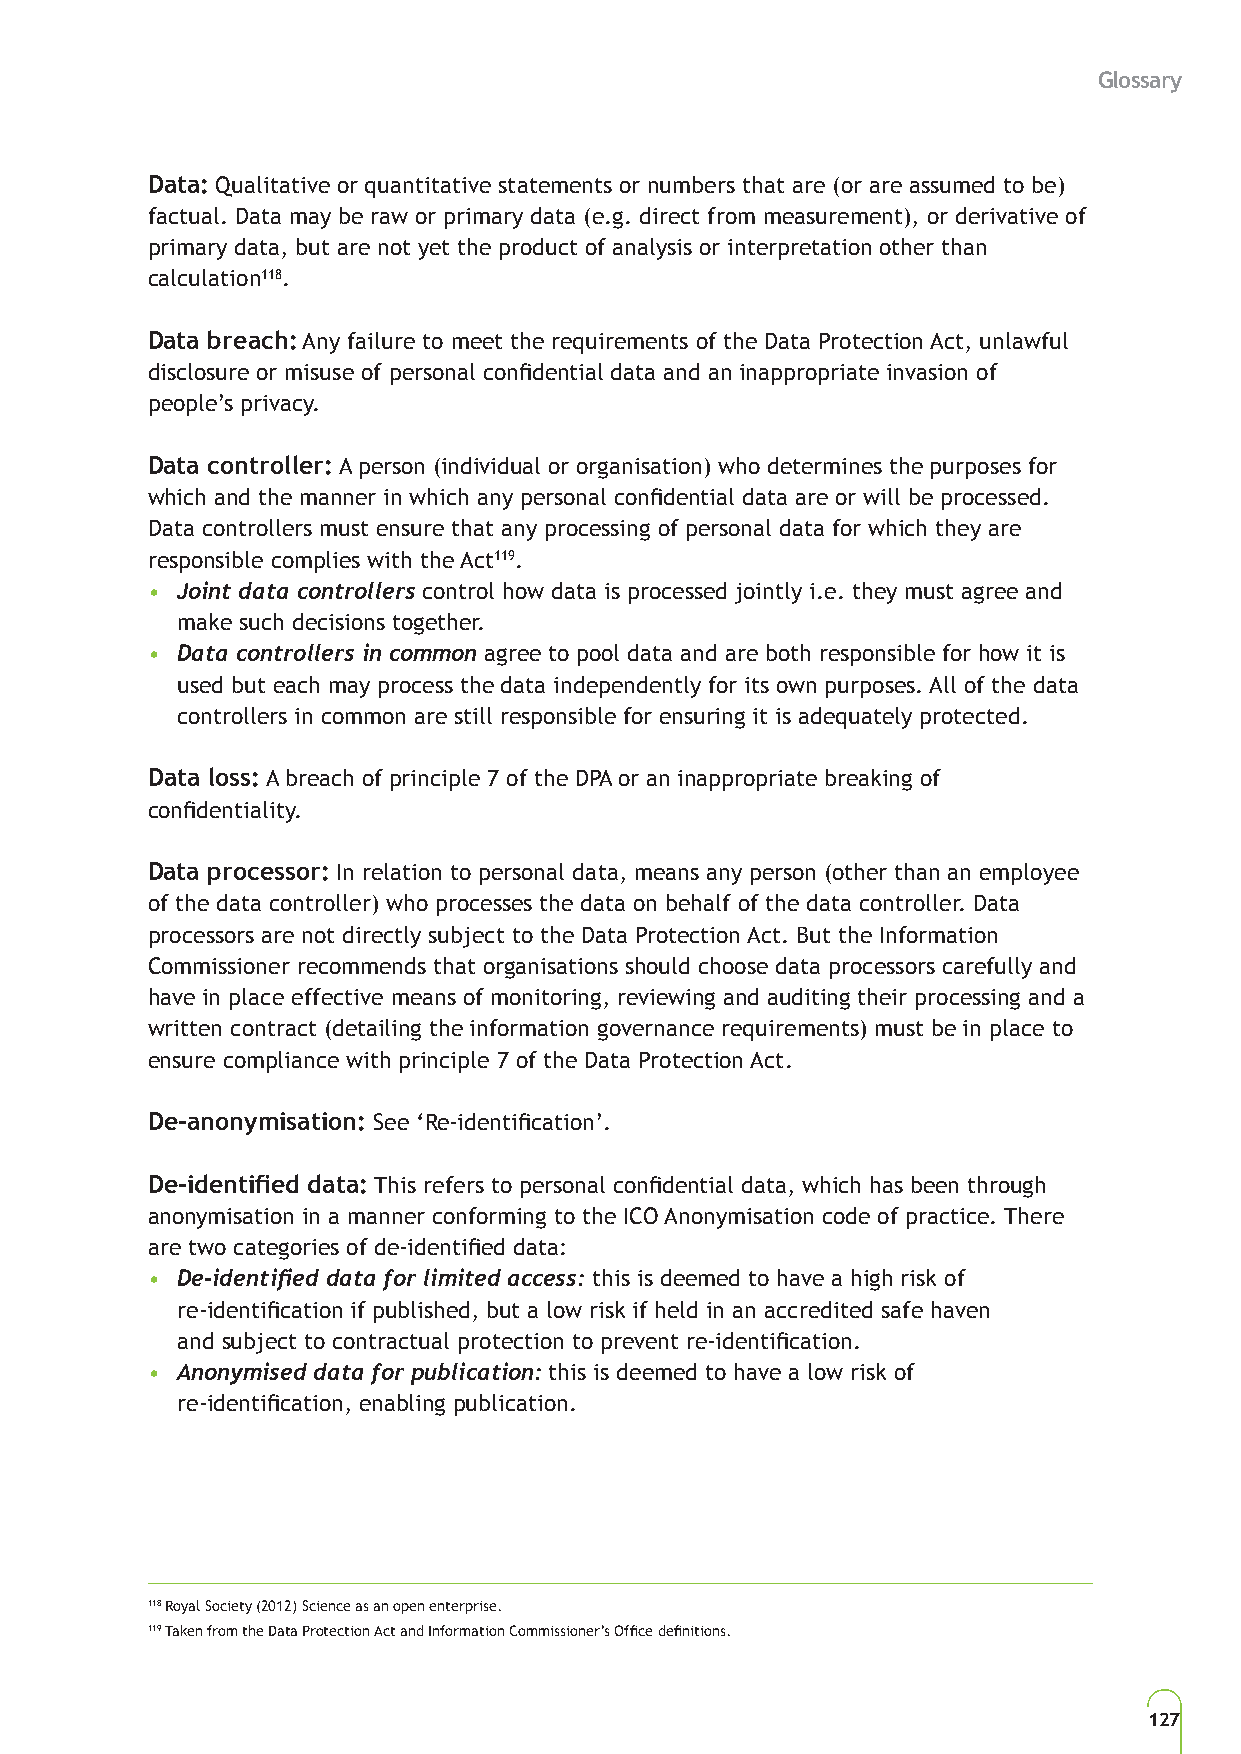
Glossary
 Data: Qualitative or quantitative statements or numbers that are (or are assumed to be)
 factual. Data may be raw or primary data (e.g. direct from measurement), or derivative of
 primary data, but are not yet the product of analysis or interpretation other than
 calculation118.
 Data breach: Any failure to meet the requirements of the Data Protection Act, unlawful
 disclosure or misuse of personal confidential data and an inappropriate invasion of
 people’s privacy.
 Data controller: A person (individual or organisation) who determines the purposes for
 which and the manner in which any personal confidential data are or will be processed.
 Data controllers must ensure that any processing of personal data for which they are
 responsible complies with the Act119.
 • Joint data controllers control how data is processed jointly i.e. they must agree and
 make such decisions together.
 • Data controllers in common agree to pool data and are both responsible for how it is
 used but each may process the data independently for its own purposes. All of the data
 controllers in common are still responsible for ensuring it is adequately protected.
 Data loss: A breach of principle 7 of the DPA or an inappropriate breaking of
 confidentiality.
 Data processor: In relation to personal data, means any person (other than an employee
 of the data controller) who processes the data on behalf of the data controller. Data
 processors are not directly subject to the Data Protection Act. But the Information
 Commissioner recommends that organisations should choose data processors carefully and
 have in place effective means of monitoring, reviewing and auditing their processing and a
 written contract (detailing the information governance requirements) must be in place to
 ensure compliance with principle 7 of the Data Protection Act.
 De-anonymisation: See ‘Re-identification’.
 De-identified data: This refers to personal confidential data, which has been through
 anonymisation in a manner conforming to the ICO Anonymisation code of practice. There
 are two categories of de-identified data:
 • De-identified data for limited access: this is deemed to have a high risk of
 re-identification if published, but a low risk if held in an accredited safe haven
 and subject to contractual protection to prevent re-identification.
 • Anonymised data for publication: this is deemed to have a low risk of
 re-identification, enabling publication.
 118 Royal Society (2012) Science as an open enterprise.
 119 Taken from the Data Protection Act and Information Commissioner’s Office definitions.
 127